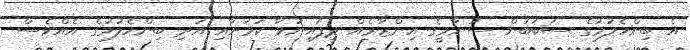
އެ ބިންހެލުމުގެ ސަބަބުން ސުނާމީގެ އިންޒާރެއް ދީފައިނުވާ ކަމަށާއި އަދި ބިންހެލުމުގެ އެއްވެސް